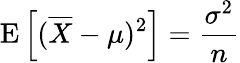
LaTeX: \operatorname{E}\left[({\overline{{X}}}-\mu)^{2}\right]={\frac{\sigma^{2}}{n}}